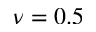
\nu = 0 . 5